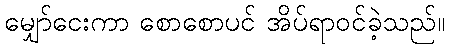
မျှော်ငေးကာ စောစောပင် အိပ်ရာဝင်ခဲ့သည်။